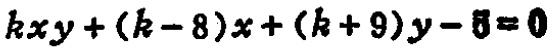
\(kxy+(k - 8)x+(k + 9)y - 5=0\)